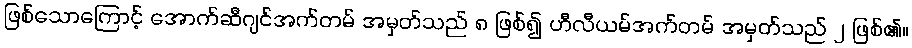
ဖြစ်သောကြောင့် အောက်ဆီဂျင်အက်တမ် အမှတ်သည် ၈ ဖြစ်၍ ဟီလီယမ်အက်တမ် အမှတ်သည် ၂ ဖြစ်၏။